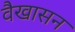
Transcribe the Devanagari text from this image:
वैखासन